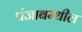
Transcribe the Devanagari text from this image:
पंजाबम्धील